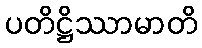
ပတိဋ္ဌိဿာမာတိ